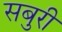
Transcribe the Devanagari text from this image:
सबुरी